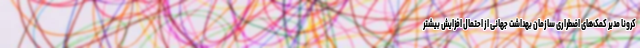
کرونا مدیر کمک‌های اضطراری سازمان بهداشت جهانی از احتمال افزایش بیشتر